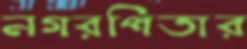
নগরপিতার